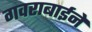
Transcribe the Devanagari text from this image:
गवराबाईने